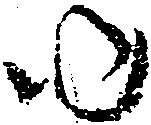
ゆ